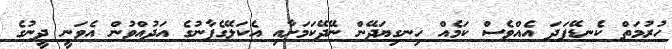
ހުރުމަތް ކެނޑޭފަދަ އެއްވެސް ކަމެއް ހިނގިޔަދޭން ނޭދޭކަމަށާއި އެކަލޭގެފާނުގެ އަދުއްވުން އެވަނީ ދީނުގެ